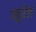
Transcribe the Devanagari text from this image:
प्लुरेल